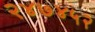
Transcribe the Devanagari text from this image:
२४७४५२